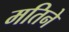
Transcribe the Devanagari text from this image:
मतिने